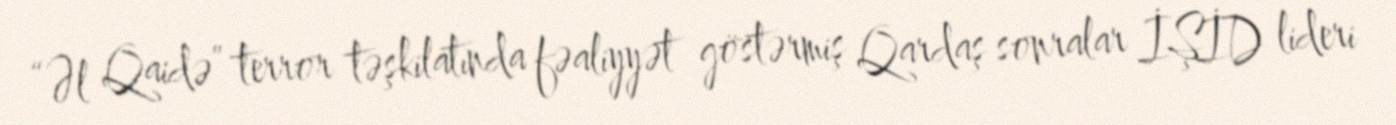
“Əl Qaidə” terror təşkilatında fəaliyyət göstərmiş Qardaş sonralar İŞİD lideri